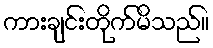
ကားချင်းတိုက်မိသည်။